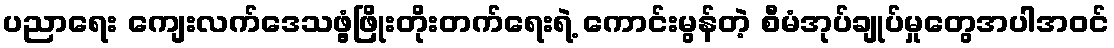
ပညာရေး ကျေးလက်ဒေသဖွံ့ဖြိုးတိုးတက်ရေးရဲ့ ကောင်းမွန်တဲ့ စီမံအုပ်ချုပ်မှုတွေအပါအဝင်